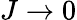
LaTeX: J\rightarrow 0